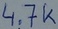
Text: 4.7K